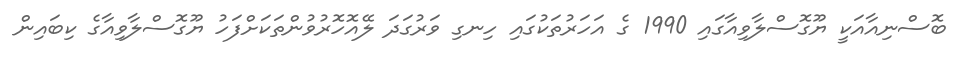
ބޮސްނިއާއަކީ ޔޫގޮސްލާވިއާގައި 1990 ގެ އަހަރުތަކުގައި ހިނގި ވަރުގަދަ ލޭއޮހޮރުވުންތަކަށްފަހު ޔޫގޮސްލާވިއާގެ ކިބައިން